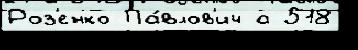
Роз'енко Па́влов'ич а 518